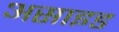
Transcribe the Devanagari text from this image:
असाइड